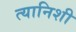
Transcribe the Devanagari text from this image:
त्यानिशी